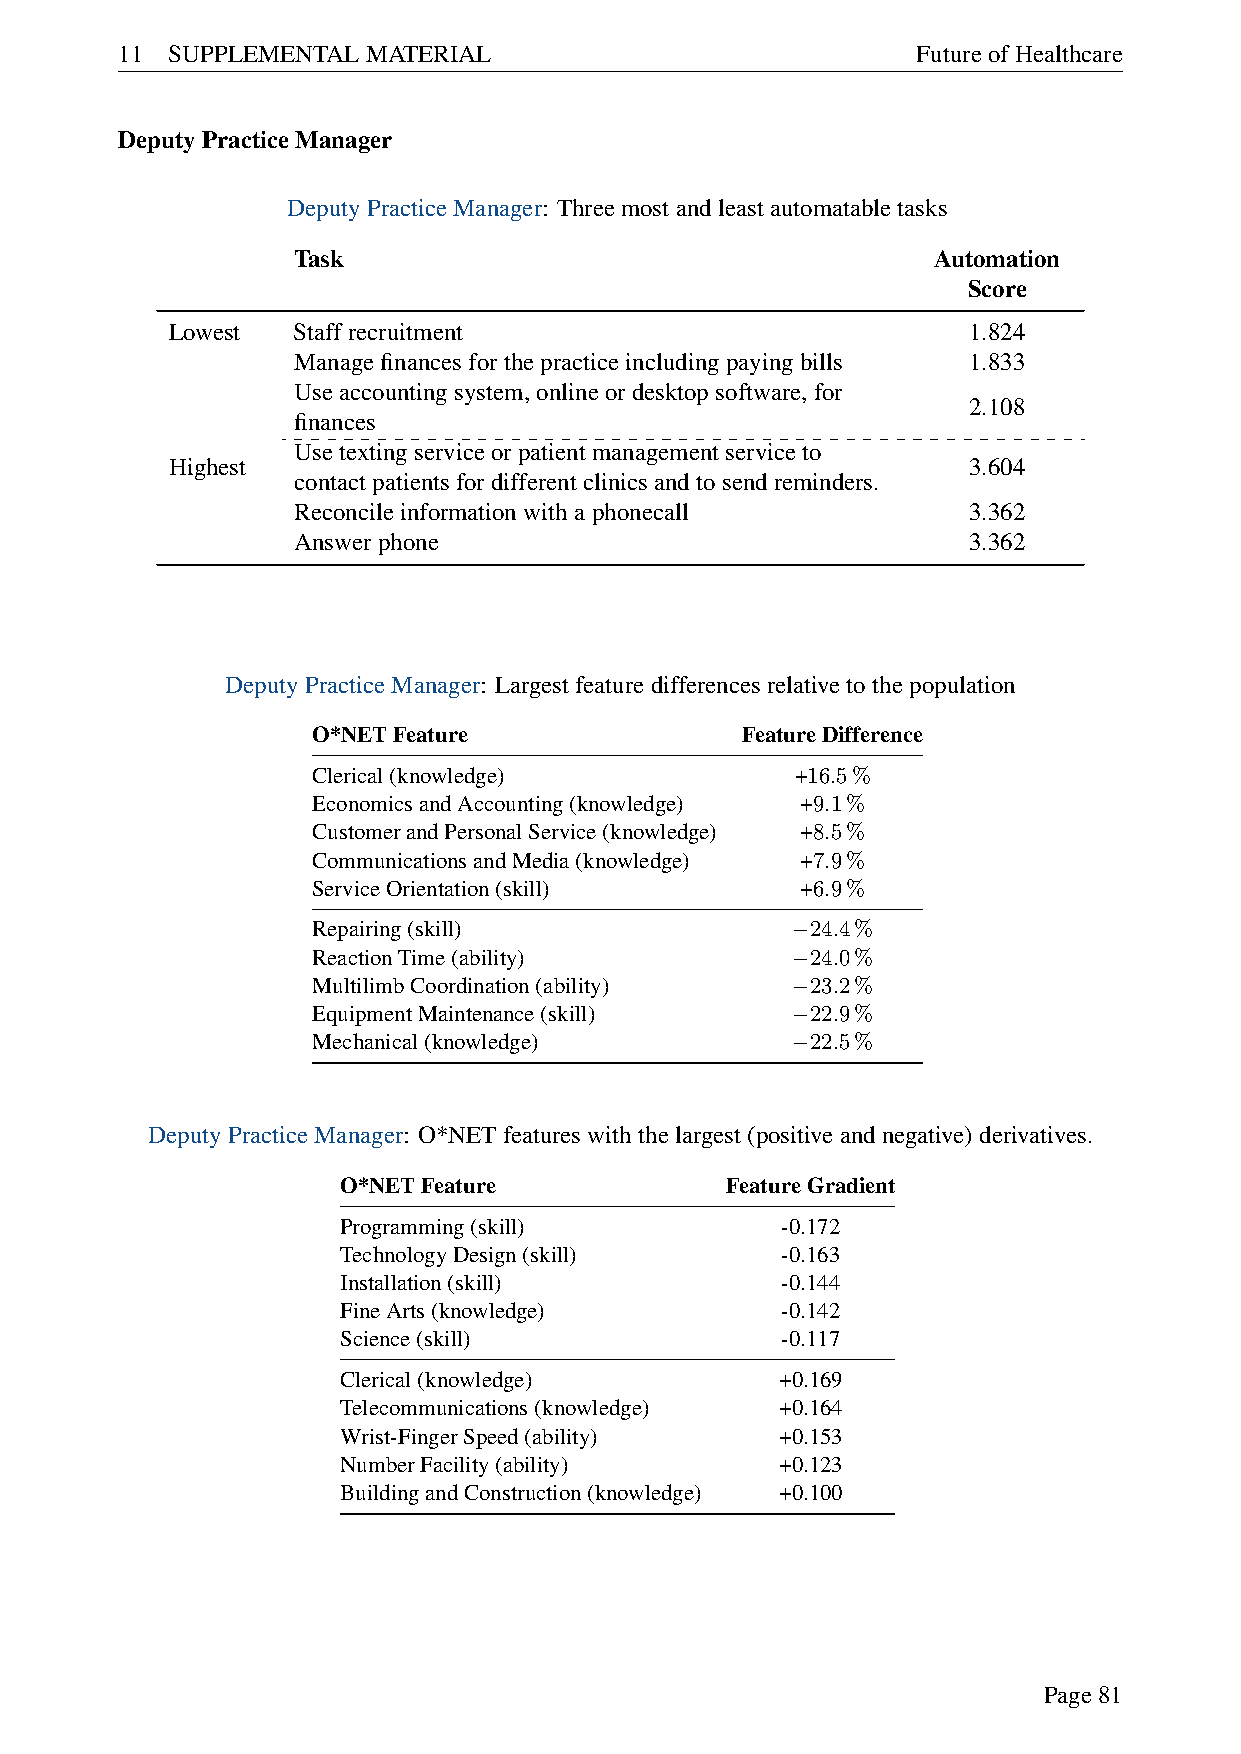
11 SUPPLEMENTALMATERIAL                              FutureofHealthcare
 DeputyPracticeManager
 DeputyPracticeManager: Threemostandleastautomatabletasks
 Task                                       Automation
 Score
 Lowest  Staffrecruitment                             1.824
 Managefinancesforthepracticeincludingpayingbills 1.833
 Useaccountingsystem,onlineordesktopsoftware,for
 2.108
 finances
 Usetextingserviceorpatientmanagementserviceto
 Highest                                              3.604
 contactpatientsfordifferentclinicsandtosendreminders.
 Reconcileinformationwithaphonecall           3.362
 Answerphone                                  3.362
 DeputyPracticeManager: Largestfeaturedifferencesrelativetothepopulation
 O*NETFeature                FeatureDifference
 Clerical(knowledge)             +16.5%
 EconomicsandAccounting(knowledge) +9.1%
 CustomerandPersonalService(knowledge) +8.5%
 CommunicationsandMedia(knowledge) +7.9%
 ServiceOrientation(skill)       +6.9%
 Repairing(skill)                 24.4%
 −
 ReactionTime(ability)            24.0%
 −
 MultilimbCoordination(ability)   23.2%
 −
 EquipmentMaintenance(skill)      22.9%
 −
 Mechanical(knowledge)            22.5%
 −
 DeputyPracticeManager: O*NETfeatureswiththelargest(positiveandnegative)derivatives.
 O*NETFeature              FeatureGradient
 Programming(skill)            -0.172
 TechnologyDesign(skill)       -0.163
 Installation(skill)           -0.144
 FineArts(knowledge)           -0.142
 Science(skill)                -0.117
 Clerical(knowledge)           +0.169
 Telecommunications(knowledge) +0.164
 Wrist-FingerSpeed(ability)    +0.153
 NumberFacility(ability)       +0.123
 BuildingandConstruction(knowledge) +0.100
 Page81